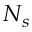
N _ { s }